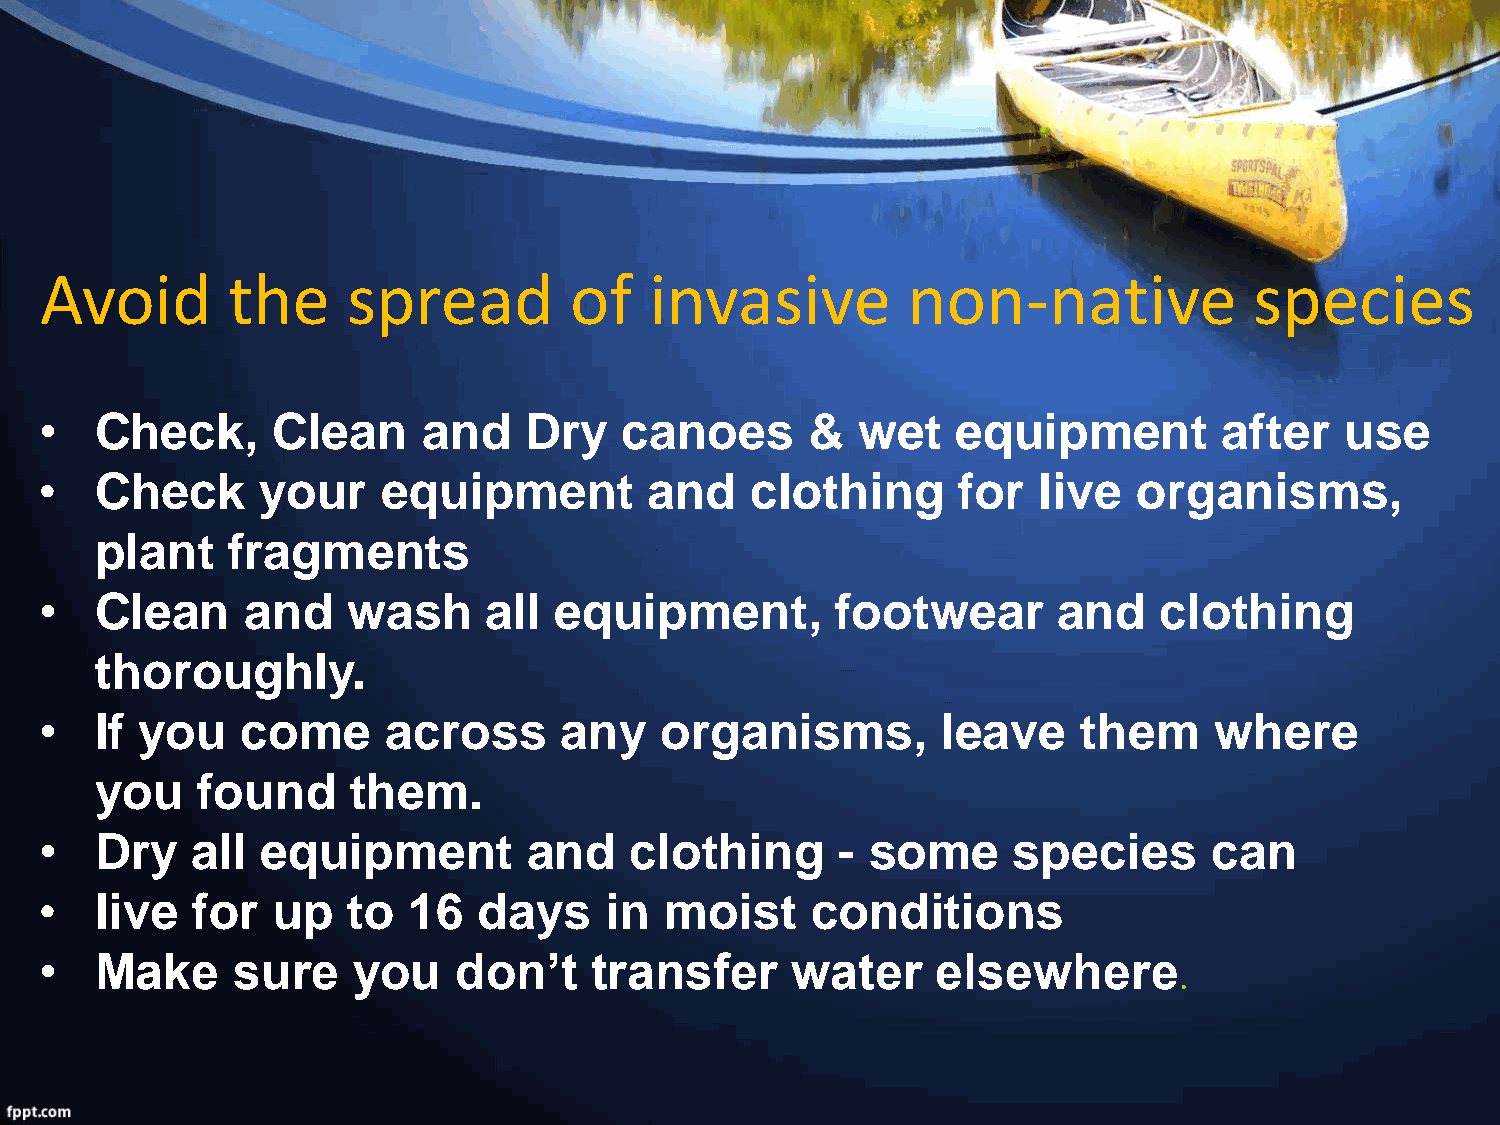
Avoid       the     spread         of   invasive         non-native             species
 •  Check,      Clean     and    Dry   canoes       &  wet   equipment         after   use
 •  Check      your    equipment         and    clothing     for   live  organisms,
 plant    fragments
 •  Clean     and    wash     all  equipment,        footwear       and    clothing
 thoroughly.
 •  If you    come      across     any    organisms,        leave     them    where
 you    found     them.
 •  Dry    all equipment         and    clothing      - some     species      can
 •  live   for  up   to  16   days    in  moist     conditions
 •  Make     sure    you    don’t    transfer     water     elsewhere
 .